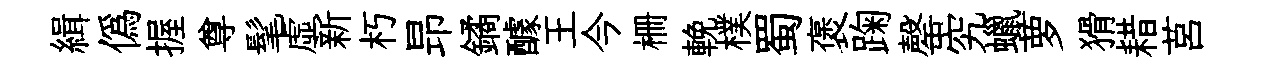
緝偽握尊髦虚新朽昻鐍醵王今栅輓樸蜀褒踘罄究蠟萝猾耤莒